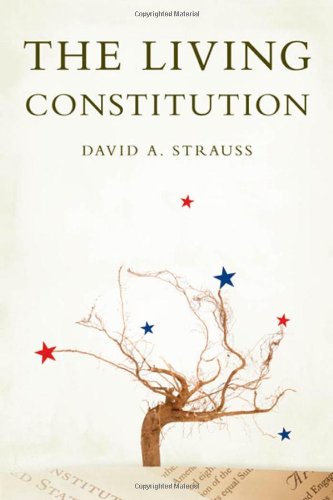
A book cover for The Living Constitution (INALIENABLE RIGHTS); David A. Strauss; Law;